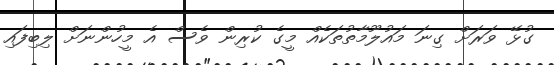
ގުޅޭ ވަރަށް ގިނަ މައުލޫމާތުތަކެއް މީގެ ކުރިން ވެސް އެ މީހުންނަށް ލިބިފައި